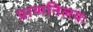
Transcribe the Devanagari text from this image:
प्राणनिलयः